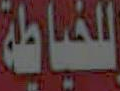
للخياطة